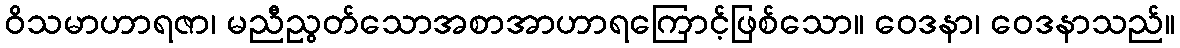
ဝိသမာဟာရဇာ၊ မညီညွတ်သောအစာအာဟာရကြောင့်ဖြစ်သော။ ဝေဒနာ၊ ဝေဒနာသည်။